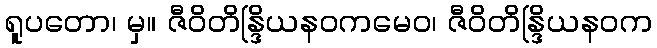
ရူပတော၊ မှ။ ဇီဝိတိန္ဒြိယနဝကမေဝ၊ ဇီဝိတိန္ဒြိယနဝက